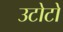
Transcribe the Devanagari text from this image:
उटोटो